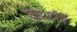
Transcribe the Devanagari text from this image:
विनाअटीचे